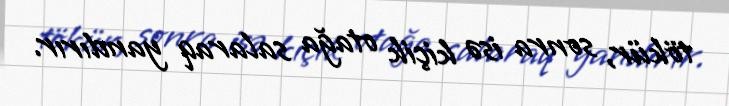
tökür, sonra isə kiçik otağa salaraq yandırır.